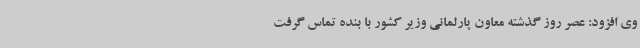
وی افزود: عصر روز گذشته معاون پارلمانی وزیر کشور با بنده تماس گرفت